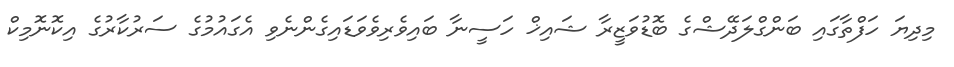
މިދިޔަ ހަފްތާގައި ބަންގްލަދޭޝްގެ ބޮޑުވަޒީރާ ޝައިޚް ހަސީނާ ބައިވެރިވެވަޑައިގެންނެވި އެގައުމުގެ ސަރުކާރުގެ އިކޮނޮމިކް